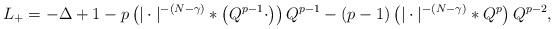
LaTeX: \begin{align*}L_+ = -\Delta + 1 - p \left(|\cdot|^{-(N-\gamma)} * \left( Q^{p-1} \cdot \right) \right) Q^{p-1} - (p-1)\left(|\cdot|^{-(N-\gamma)} * Q^p \right)Q^{p-2},\end{align*}